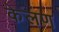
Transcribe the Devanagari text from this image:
केलण